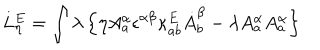
LaTeX: L _ { \eta } ^ { E } = \int \lambda \left\{ \eta A _ { a } ^ { \alpha } \epsilon ^ { \alpha \beta } \kappa _ { a b } ^ { E } \dot { A } _ { b } ^ { \beta } - \lambda A _ { a } ^ { \alpha } A _ { a } ^ { \alpha } \right\}